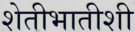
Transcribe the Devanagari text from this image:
शेतीभातीशी